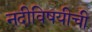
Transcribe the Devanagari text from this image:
नदीविषयीची